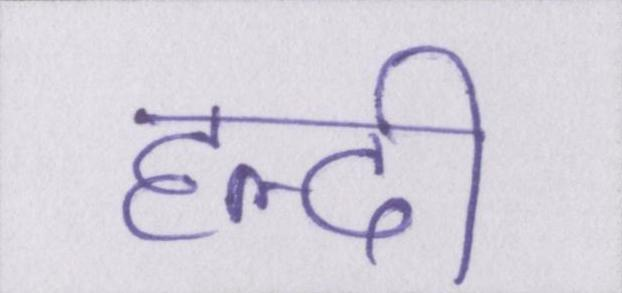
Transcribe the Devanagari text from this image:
हल्दी